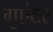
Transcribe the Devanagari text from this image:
गुएंटर